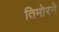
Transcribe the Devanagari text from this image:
तिमोरने